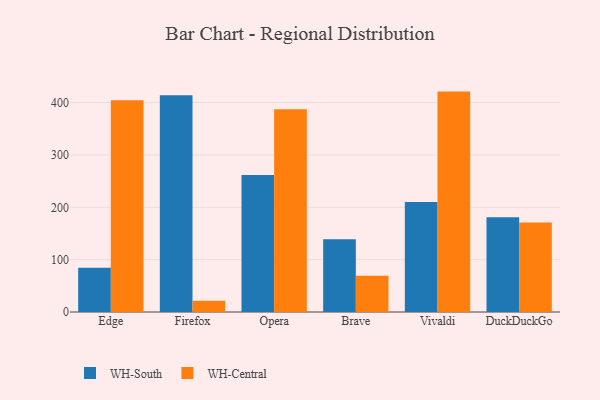
{"axis": {"x": "Browser", "y": "Gross Profit (USD K)"}, "legend": ["WH-Central", "WH-South"], "data": [{"x": "Edge", "y": 84.7, "type": "WH-South"}, {"x": "Edge", "y": 404.5, "type": "WH-Central"}, {"x": "Firefox", "y": 414.0, "type": "WH-South"}, {"x": "Firefox", "y": 21.5, "type": "WH-Central"}, {"x": "Opera", "y": 261.6, "type": "WH-South"}, {"x": "Opera", "y": 387.3, "type": "WH-Central"}, {"x": "Brave", "y": 138.9, "type": "WH-South"}, {"x": "Brave", "y": 69.1, "type": "WH-Central"}, {"x": "Vivaldi", "y": 210.1, "type": "WH-South"}, {"x": "Vivaldi", "y": 421.0, "type": "WH-Central"}, {"x": "DuckDuckGo", "y": 180.8, "type": "WH-South"}, {"x": "DuckDuckGo", "y": 170.9, "type": "WH-Central"}]}